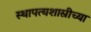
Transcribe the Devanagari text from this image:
स्थापत्यशास्रीच्या